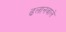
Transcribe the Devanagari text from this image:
ढलानवाले